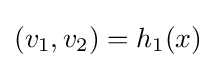
(v_{1},v_{2})=h_{1}(x)